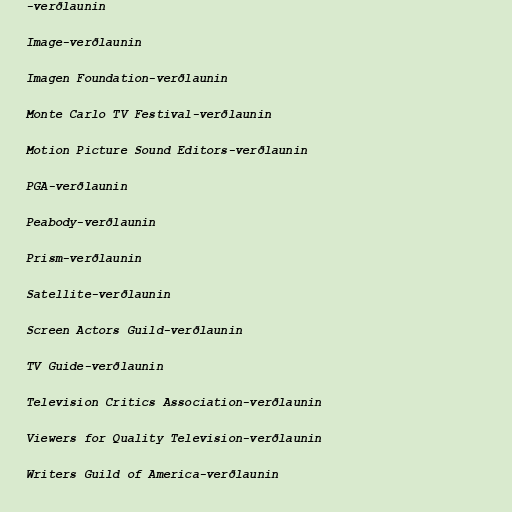
-verðlaunin

Image-verðlaunin

Imagen Foundation-verðlaunin

Monte Carlo TV Festival-verðlaunin

Motion Picture Sound Editors-verðlaunin

PGA-verðlaunin

Peabody-verðlaunin

Prism-verðlaunin

Satellite-verðlaunin

Screen Actors Guild-verðlaunin

TV Guide-verðlaunin

Television Critics Association-verðlaunin

Viewers for Quality Television-verðlaunin

Writers Guild of America-verðlaunin